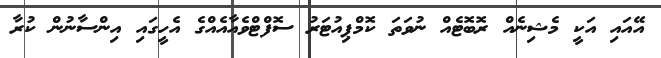
އޭއައި އަކީ މެޝިނެއް ރޮބޮޓެއް ނުވަތަ ކޮމްޕިއުޓަރު ސޮފްޓްވެއާއެއްގެ އެހީގައި އިންސާނުން ކުރާ